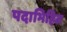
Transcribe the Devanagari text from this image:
पदाभिहित